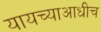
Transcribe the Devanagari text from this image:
यायच्याआधीच